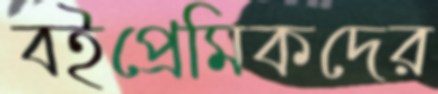
বইপ্রেমিকদের